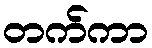
တက်ကာ